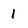
Character: 1